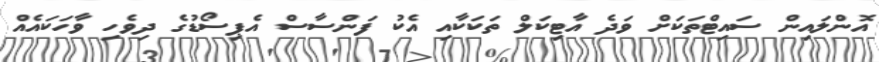
އޮންލައިން ސައިޓްތަކަށް ވަދެ އާޓިކަލް ތަކަކާއި އެކު ފަންސާސް އެޕިސޯޑުގެ ދިވެހި ވާހަކައެއް